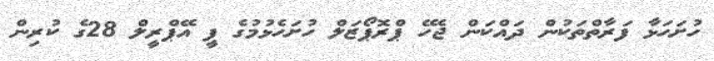
ހުށަހަޅާ ފަރާތްތަކުން ދައްކަން ޖެހޭ ޕްރޮޕޯޒަލް ހުށަހެޅުމުގެ ފީ އޭޕްރީލް 28ގެ ކުރިން